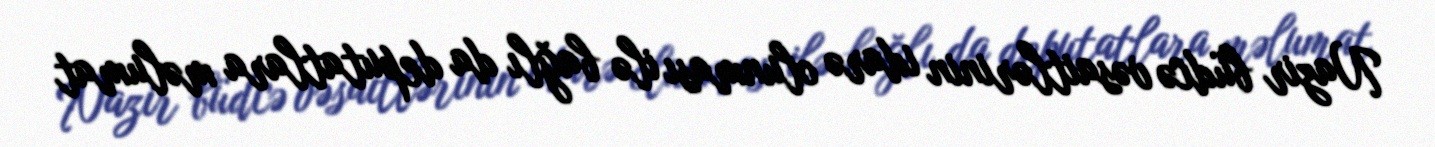
Nazir büdcə vəsaitlərinin idarə olunması ilə bağlı da deputatlara məlumat